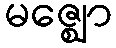
မဇ္ဈော